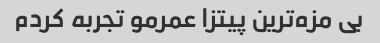
بى مزه‌ترین پیتزا عمرمو تجربه کردم